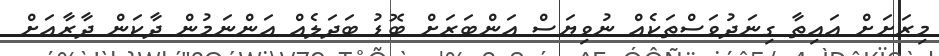
މިރަށަށް އައިތާ ގިނަދުވަސްތަކެއް ނުވިޔަސް އަންބަރަށް ބޮޑު ބަދަލެއް އަންނަމުން ދާކަން ދާރާއަށް